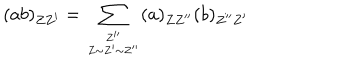
( a b ) _ { Z Z ^ { \prime } } = \sum _ { { Z ^ { \prime \prime } } \atop { Z \sim Z ^ { \prime } \sim Z ^ { \prime \prime } } } ( a ) _ { Z Z ^ { \prime \prime } } ( b ) _ { Z ^ { \prime \prime } Z ^ { \prime } }